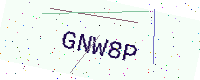
Text: GNW8P